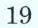
19